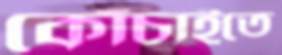
কোঁচাইতে